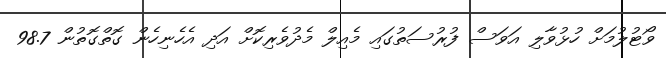
ވޯޓުލުމަށް ހުޅުވާލި އަވަސް ފުރުސަތުގައި މެއިލް މެދުވެރިކޮށް އަދި އެހެނިހެން ގޮތްގޮތުން 98.7